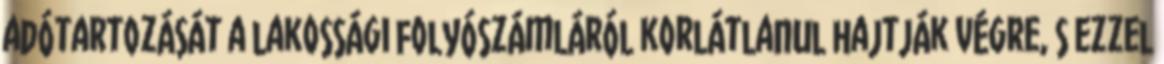
adótartozását a lakossági folyószámláról korlátlanul hajtják végre, s ezzel